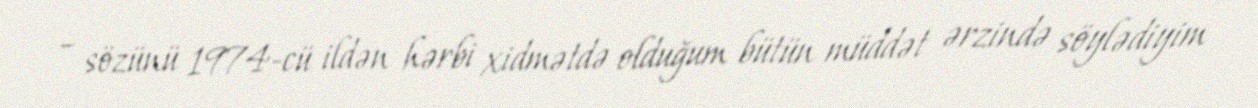
– sözünü 1974-cü ildən hərbi xidmətdə olduğum bütün müddət ərzində söylədiyim